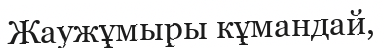
Жаужұмыры кұмандай,